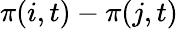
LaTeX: \pi(i,t)-\pi(j,t)